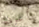
أعرف